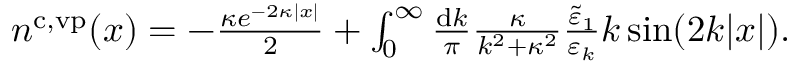
\begin{array} { r } { n ^ { \ensuremath { \mathrm { c } } , \ensuremath { \mathrm { v p } } } ( x ) = - \frac { \kappa e ^ { - 2 \kappa | x | } } { 2 } + \int _ { 0 } ^ { \infty } \frac { \ensuremath { \mathrm { d } } k } { \pi } \frac { \kappa } { k ^ { 2 } + \kappa ^ { 2 } } \frac { \tilde { \varepsilon } _ { 1 } } { \varepsilon _ { k } } k \sin ( 2 k | x | ) . } \end{array}